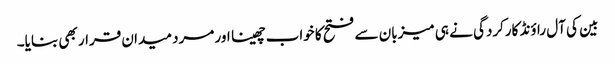
بین کی آل راؤنڈ کارکردگی نے ہی میزبان سے فتح کا خواب چھینا اور مرد میدان قرار بھی بنایا۔